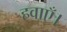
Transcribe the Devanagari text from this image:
हवाएँ।